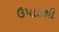
ઉપાડથી